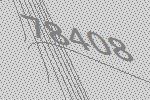
78408